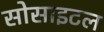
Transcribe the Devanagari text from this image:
सोसाइटल